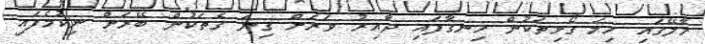
މާލޭގައި ހިމަ ގޯޅިތަކުން ހިނގާފައި ދާއިރު ވަރަށް ގިނަ ގެތަކުން ބޭރަށް ނިކުމެފައި